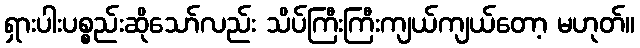
ရှားပါးပစ္စည်းဆိုသော်လည်း သိပ်ကြီးကြီးကျယ်ကျယ်တော့ မဟုတ်။